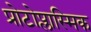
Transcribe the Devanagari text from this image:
प्रोटोप्लास्मिक